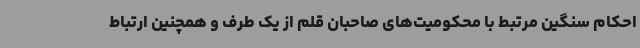
احکام سنگین مرتبط با محکومیت‌های صاحبان قلم از یک طرف و همچنین ارتباط